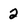
Character: 2